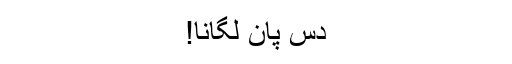
دس پان لگانا!